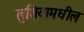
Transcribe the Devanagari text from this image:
लुशियामधील